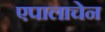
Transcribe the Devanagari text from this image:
एपालाचेन